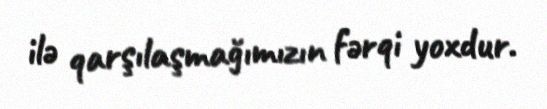
ilə qarşılaşmağımızın fərqi yoxdur.